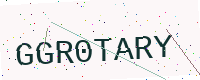
Text: GGR0TARY